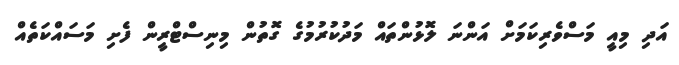
އަދި މިއީ މަސްވެރިކަމަށް އަންނަ ލޮޅުންތައް މަދުކުރުމުގެ ގޮތުން މިނިސްޓްރީން ފެށި މަސައްކަތެއް